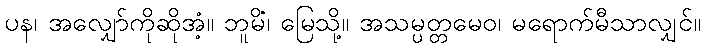
ပန၊ အလျှော်ကိုဆိုအံ့။ ဘူမိံ၊ မြေသို့။ အသမ္ပတ္တမေဝ၊ မရောက်မီသာလျှင်။